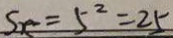
S _ { x } = 5 ^ { 2 } = 2 5